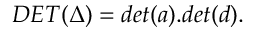
D E T ( \Delta ) = d e t ( a ) . d e t ( d ) .